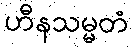
ဟီနသမ္မတံ